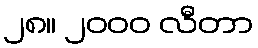
၂၈။ ၂၀၀၀ လီတာ